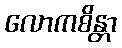
လောကစိန္တာ